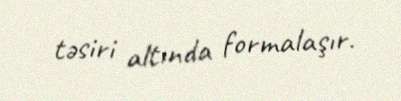
təsiri altında formalaşır.